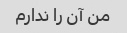
من آن را ندارم